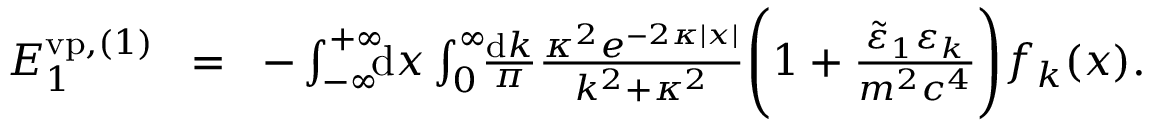
\begin{array} { r l r } { { \cal E } _ { 1 } ^ { \ensuremath { \mathrm { v p } } , ( 1 ) } \! } & { = } & { \! - \int _ { - \infty } ^ { + \infty } \! \! \! \mathrm { d } x \int _ { 0 } ^ { \infty } \! \! \frac { \mathrm d k } { \pi } \frac { \kappa ^ { 2 } e ^ { - 2 \kappa | x | } } { k ^ { 2 } + \kappa ^ { 2 } } \Bigg ( 1 + \frac { \tilde { \varepsilon } _ { 1 } \varepsilon _ { k } } { m ^ { 2 } c ^ { 4 } } \Bigg ) f _ { k } ( x ) . } \end{array}